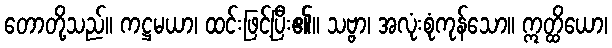
တောတို့သည်။ ကဋ္ဌမယာ၊ ထင်းဖြင့်ပြီး၏။ သဗ္ဗာ၊ အလုံးစုံကုန်သော။ ဣတ္ထိယော၊